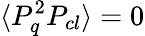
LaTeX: \langle P_{q}^{2}P_{cl}\rangle=0